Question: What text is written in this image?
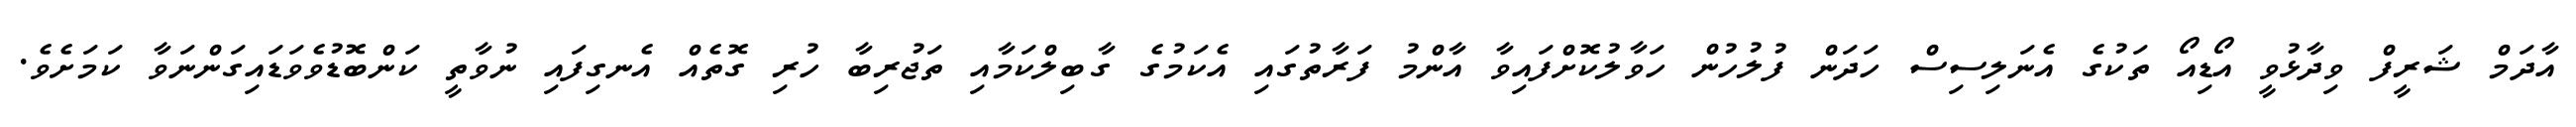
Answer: އާދަމް ޝަރީފް ވިދާޅުވީ އޯޑިއޯ ތަކުގެ އެނަލިސިސް ހަދަން ފުލުހުން ހަވާލުކޮށްފައިވާ އާންމު ފަރާތުގައި އެކަމުގެ ގާބިލްކަމާއި ތަޖުރިބާ ހުރި ގޮތެއް އެނގިފައި ނުވާތީ ކަންބޮޑުވެވަޑައިގަންނަވާ ކަމަށެވެ.